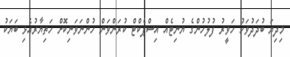
މިދިޔަ ބުދަދުވަހު ހަވީރު ފުލުހުންގެ ޔުނިޓެއް އިސްޕެކްޓް ކުރަންވަން ހުންނަވަނިކޮށް ހަތިޔާރުއެޅި ބަޔަކު